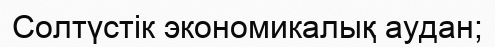
Солтүстік экономикалық аудан;